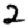
Digit: 2